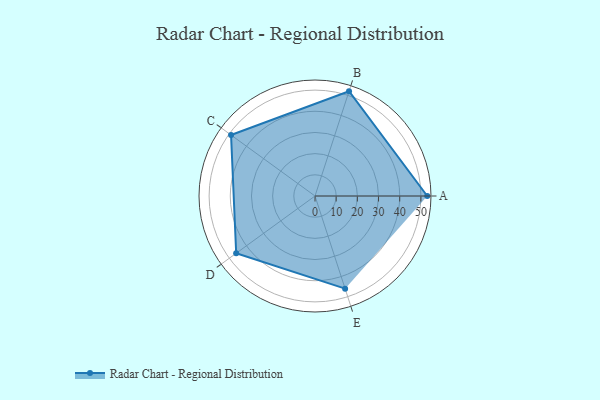
{"axis": {"x": "Skill", "y": "Score"}, "legend": ["Profile"], "data": [{"x": "A", "y": 53.0, "type": "Profile"}, {"x": "B", "y": 52.0, "type": "Profile"}, {"x": "C", "y": 49.0, "type": "Profile"}, {"x": "D", "y": 46.0, "type": "Profile"}, {"x": "E", "y": 46.0, "type": "Profile"}]}